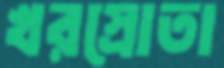
খরস্রোতা